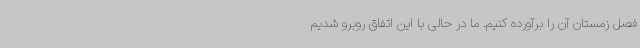
فصل زمستان آن را برآورده کنیم. ما در حالی با این اتفاق روبرو شدیم